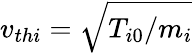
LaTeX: v_{thi}=\sqrt{T_{i0}/m_{i}}